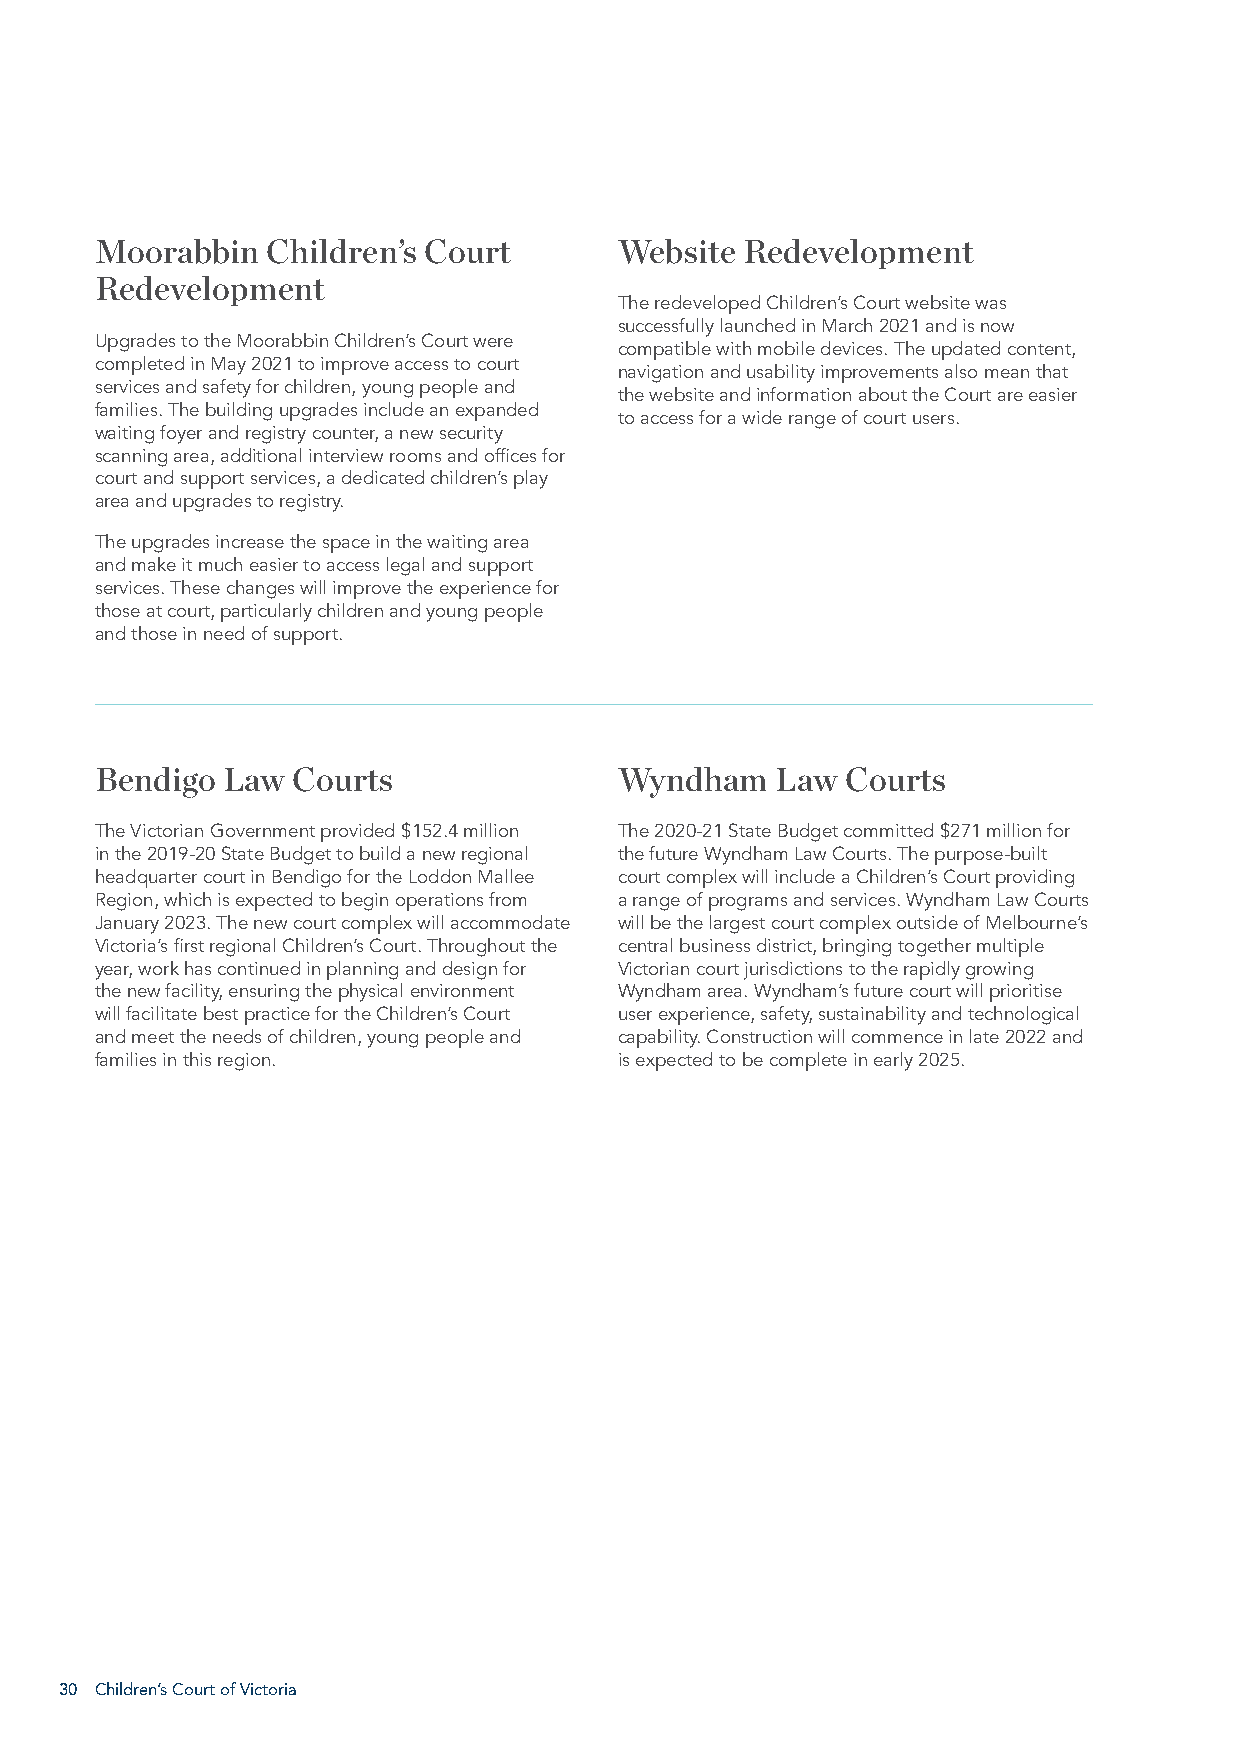
Moorabbin   Children’s Court       Website Redevelopment
 Redevelopment
 The redeveloped Children’s Court website was
 successfully launched in March 2021 and is now
 Upgrades to the Moorabbin Children’s Court were
 compatible with mobile devices. The updated content,
 completed in May 2021 to improve access to court
 navigation and usability improvements also mean that
 services and safety for children, young people and
 the website and information about the Court are easier
 families. The building upgrades include an expanded
 to access for a wide range of court users.
 waiting foyer and registry counter, a new security
 scanning area, additional interview rooms and offices for
 court and support services, a dedicated children’s play
 area and upgrades to registry.
 The upgrades increase the space in the waiting area
 and make it much easier to access legal and support
 services. These changes will improve the experience for
 those at court, particularly children and young people
 and those in need of support.
 Bendigo  Law Courts                Wyndham   Law  Courts
 The Victorian Government provided $152.4 million The 2020-21 State Budget committed $271 million for
 in the 2019-20 State Budget to build a new regional the future Wyndham Law Courts. The purpose-built
 headquarter court in Bendigo for the Loddon Mallee court complex will include a Children’s Court providing
 Region, which is expected to begin operations from a range of programs and services. Wyndham Law Courts
 January 2023. The new court complex will accommodate will be the largest court complex outside of Melbourne’s
 Victoria’s first regional Children’s Court. Throughout the central business district, bringing together multiple
 year, work has continued in planning and design for Victorian court jurisdictions to the rapidly growing
 the new facility, ensuring the physical environment Wyndham area. Wyndham’s future court will prioritise
 will facilitate best practice for the Children’s Court user experience, safety, sustainability and technological
 and meet the needs of children, young people and capability. Construction will commence in late 2022 and
 families in this region.           is expected to be complete in early 2025.
 30 Children’s Court of Victoria